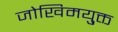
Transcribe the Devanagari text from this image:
जोखिमयु्क्त